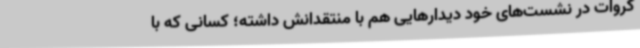
کروات در نشست‌های خود دیدارهایی هم با منتقدانش داشته؛ کسانی که با